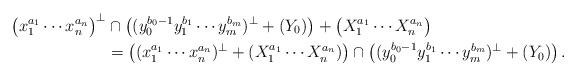
LaTeX: \begin{align*} \big(x_1^{a_1}\cdots x_n^{a_n} \big)^{\perp} &\cap \left(( y_0^{b_0-1} y_1^{b_1}\cdots y_m^{b_m})^\perp +(Y_0)\right) + \big( X_1^{a_1}\cdots X_n^{a_n} \big) \\ &= \left((x_1^{a_1}\cdots x_n^{a_n} )^{\perp} + (X_1^{a_1}\cdots X_n^{a_n})\right) \cap \left(( y_0^{b_0-1} y_1^{b_1}\cdots y_m^{b_m} )^\perp +(Y_0)\right). \end{align*}